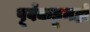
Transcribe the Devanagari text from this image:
पूर्वेकडूनही